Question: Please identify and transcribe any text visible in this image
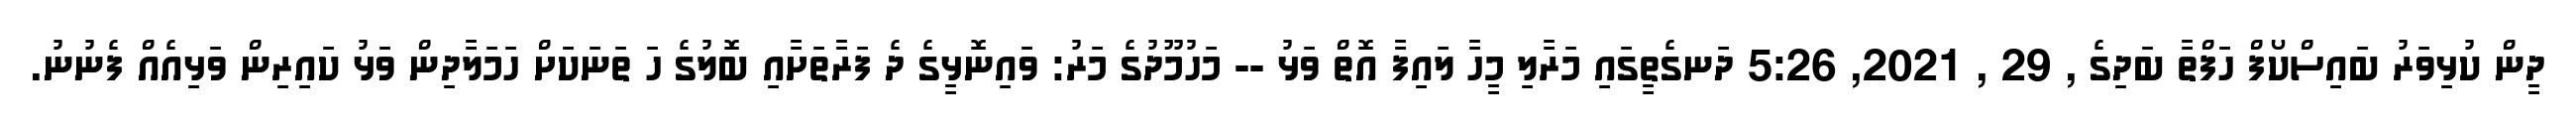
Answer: ދީން ކުޅިވަރު ބައިސްކޯފް ހަފްތާ ބަދިގެ , 29 , 2021, 5:26 ދަނގެތީގައި މަރާލި މީހާ ލައިފާ އޮތް ވަޅު -- މަހުމޫދުގެ މަރު: ވައިނޮޅީގެ ދެ ފަރާތަށާއި ބޮލުގެ ހަ ތަނަކަށް ހަމަލާދިން ވަޅު ކައިރިން ވަޅިއެއް ފެނުނު.